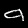
Label: 9